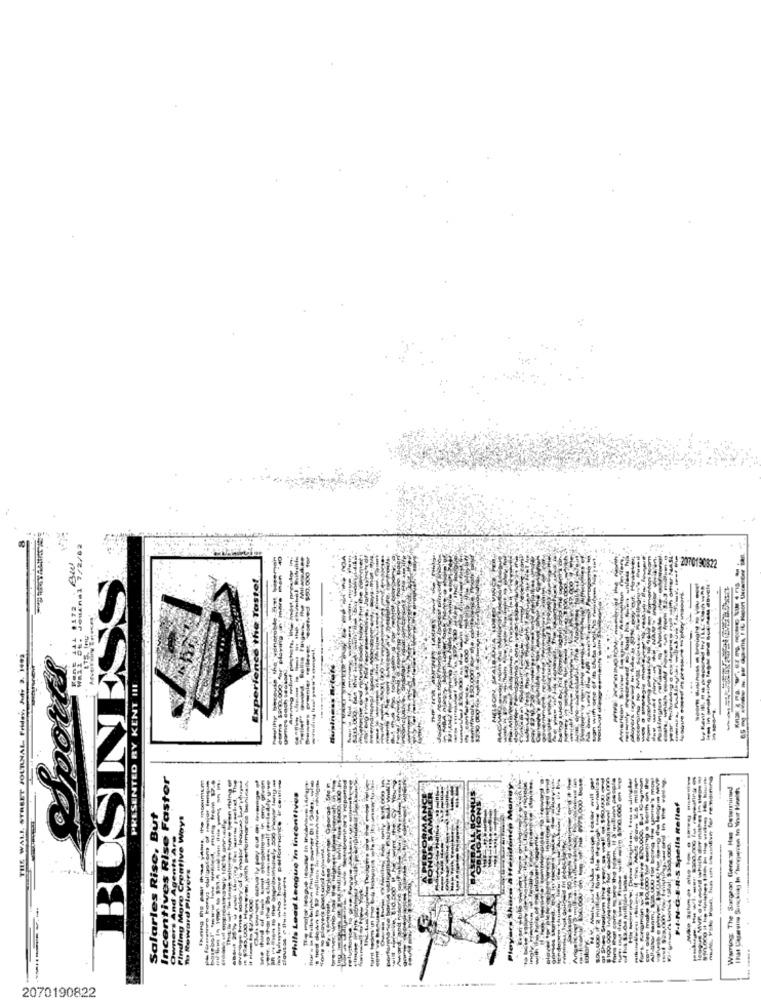
ews $900.000 for plenty ----
on with one of /h AtUMAS
2070190822
Experience the Taste!
BUSINESS
LE WALL STREET JOURNAL Friday, Mode 3. 1.
PRESENTED BY KENT III
Amerigon
Incentivos Rise Faster
Warning: The Surgeon General Has Determined
Phila Lead League In Incentives
BLIGATIONITY
acerthe
P.I-N-G.E.R.S Spells Rellaf
Salarles Rise, But
Finding Moro Crontive Ways
ERPORM
mers And Agents A.
who: howe perfore
Th Reward Players
------
199 to the
Players Sha
Hone
----
2070190822